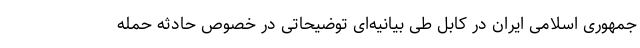
جمهوری اسلامی ایران در کابل طی بیانیه‌ای توضیحاتی در خصوص حادثه حمله